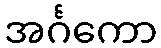
အင်္ဂကော